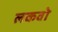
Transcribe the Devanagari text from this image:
लकवो